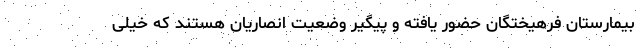
بیمارستان فرهیختگان حضور یافته و پیگیر وضعیت انصاریان هستند که خیلی